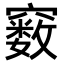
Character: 𥨧